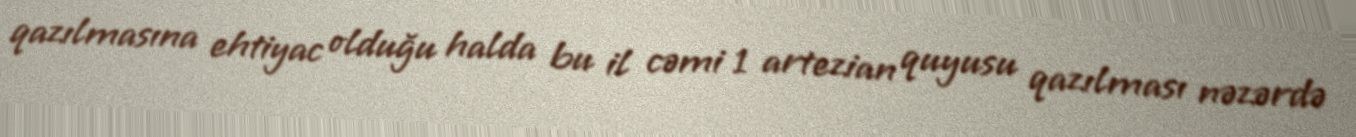
qazılmasına ehtiyac olduğu halda bu il cəmi 1 artezian quyusu qazılması nəzərdə